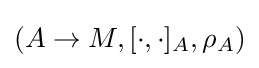
(A\to M,[\cdot ,\cdot ]_{A},\rho _{A})